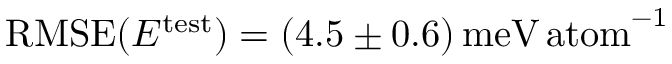
\mathrm { R M S E } ( E ^ { \mathrm { t e s t } } ) = ( 4 . 5 \pm 0 . 6 ) \, \mathrm { m e V \, a t o m } ^ { - 1 }